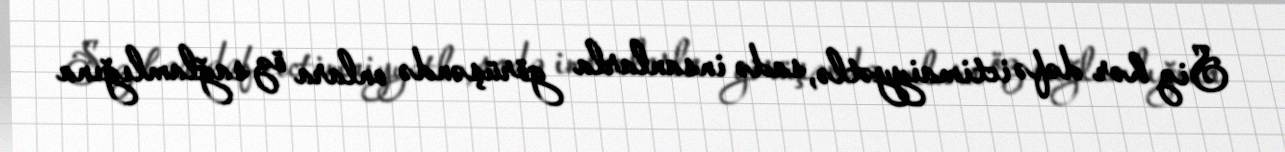
Siz hər dəfə ictimaiyyətlə, sadə insanlarla görüşəndə onlara öz sağlamlığına